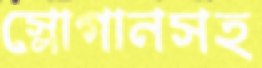
স্লোগানসহ